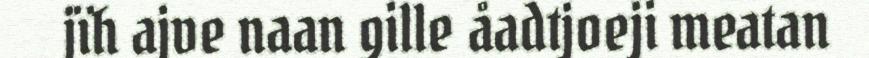
jïh ajve naan gille åadtjoeji meatan